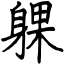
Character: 躶